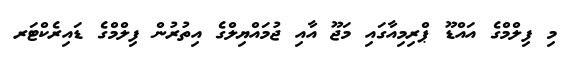
މި ފިލްމްގެ އައްޑޫ ޕްރިމިއާގައި މަޖޫ އާއި ޖުމައްޔިލްގެ އިތުރުން ފިލްމްގެ ޑައިރެކްޓަރ